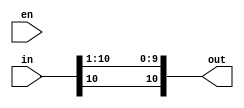
module Shifter(input[10: 0] in, output reg[10: 0] out, input en);
	always @(en)
	begin
		out = in >> 1;
		out[10] = in[10];
	end
endmodule